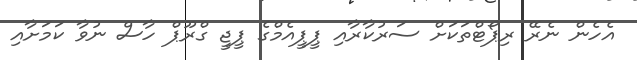
އެހެން ނެރޭ ރިޕޯޓްތަކަށް ސަރުކާރާއި ޕީޕީއެމްގެ ޕީޖީ ގްރޫޕް ހާސް ނުވާ ކަމަށާއި